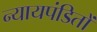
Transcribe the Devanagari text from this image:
न्यायपंडितों